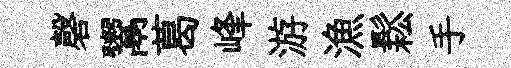
磬鬻葛峰游漁鬆手